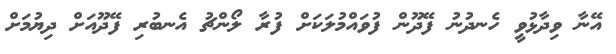
އޭނާ ވިދާޅުވީ ހެނދުނު ފޭދޫން ފުވައްމުލަކަށް ފުރާ ލޯންޗު އެނބުރި ފޭދޫއަށް ދިޔުމަށް